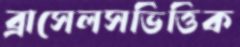
ব্রাসেলসভিত্তিক